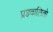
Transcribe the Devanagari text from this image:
प्रज्ज्वालितो